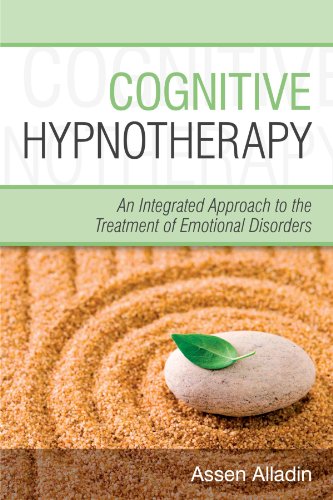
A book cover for Cognitive Hypnotherapy: An Integrated Approach to the Treatment of Emotional Disorders; Assen Alladin; Health, Fitness & Dieting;